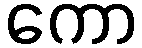
ကော